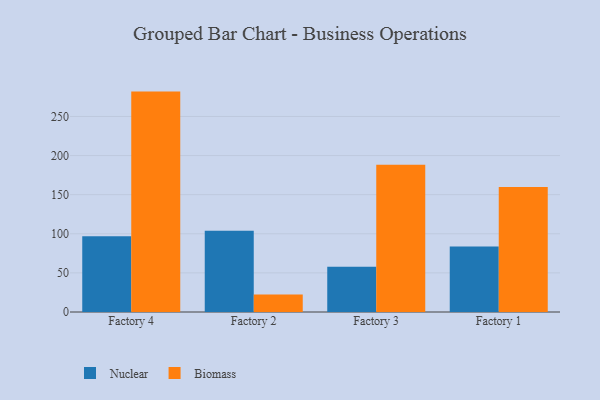
{"axis": {"x": "Factory", "y": "Latency (ms)"}, "legend": ["Biomass", "Nuclear"], "data": [{"x": "Factory 4", "y": 96.8, "type": "Nuclear"}, {"x": "Factory 4", "y": 281.8, "type": "Biomass"}, {"x": "Factory 2", "y": 104.0, "type": "Nuclear"}, {"x": "Factory 2", "y": 22.5, "type": "Biomass"}, {"x": "Factory 3", "y": 58.0, "type": "Nuclear"}, {"x": "Factory 3", "y": 188.2, "type": "Biomass"}, {"x": "Factory 1", "y": 83.6, "type": "Nuclear"}, {"x": "Factory 1", "y": 159.8, "type": "Biomass"}]}